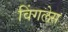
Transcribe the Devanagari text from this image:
विंगलेस